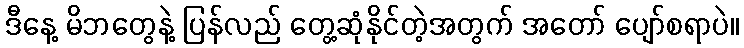
ဒီနေ့ မိဘတွေနဲ့ ပြန်လည် တွေ့ဆုံနိုင်တဲ့အတွက် အတော် ပျော်စရာပဲ။